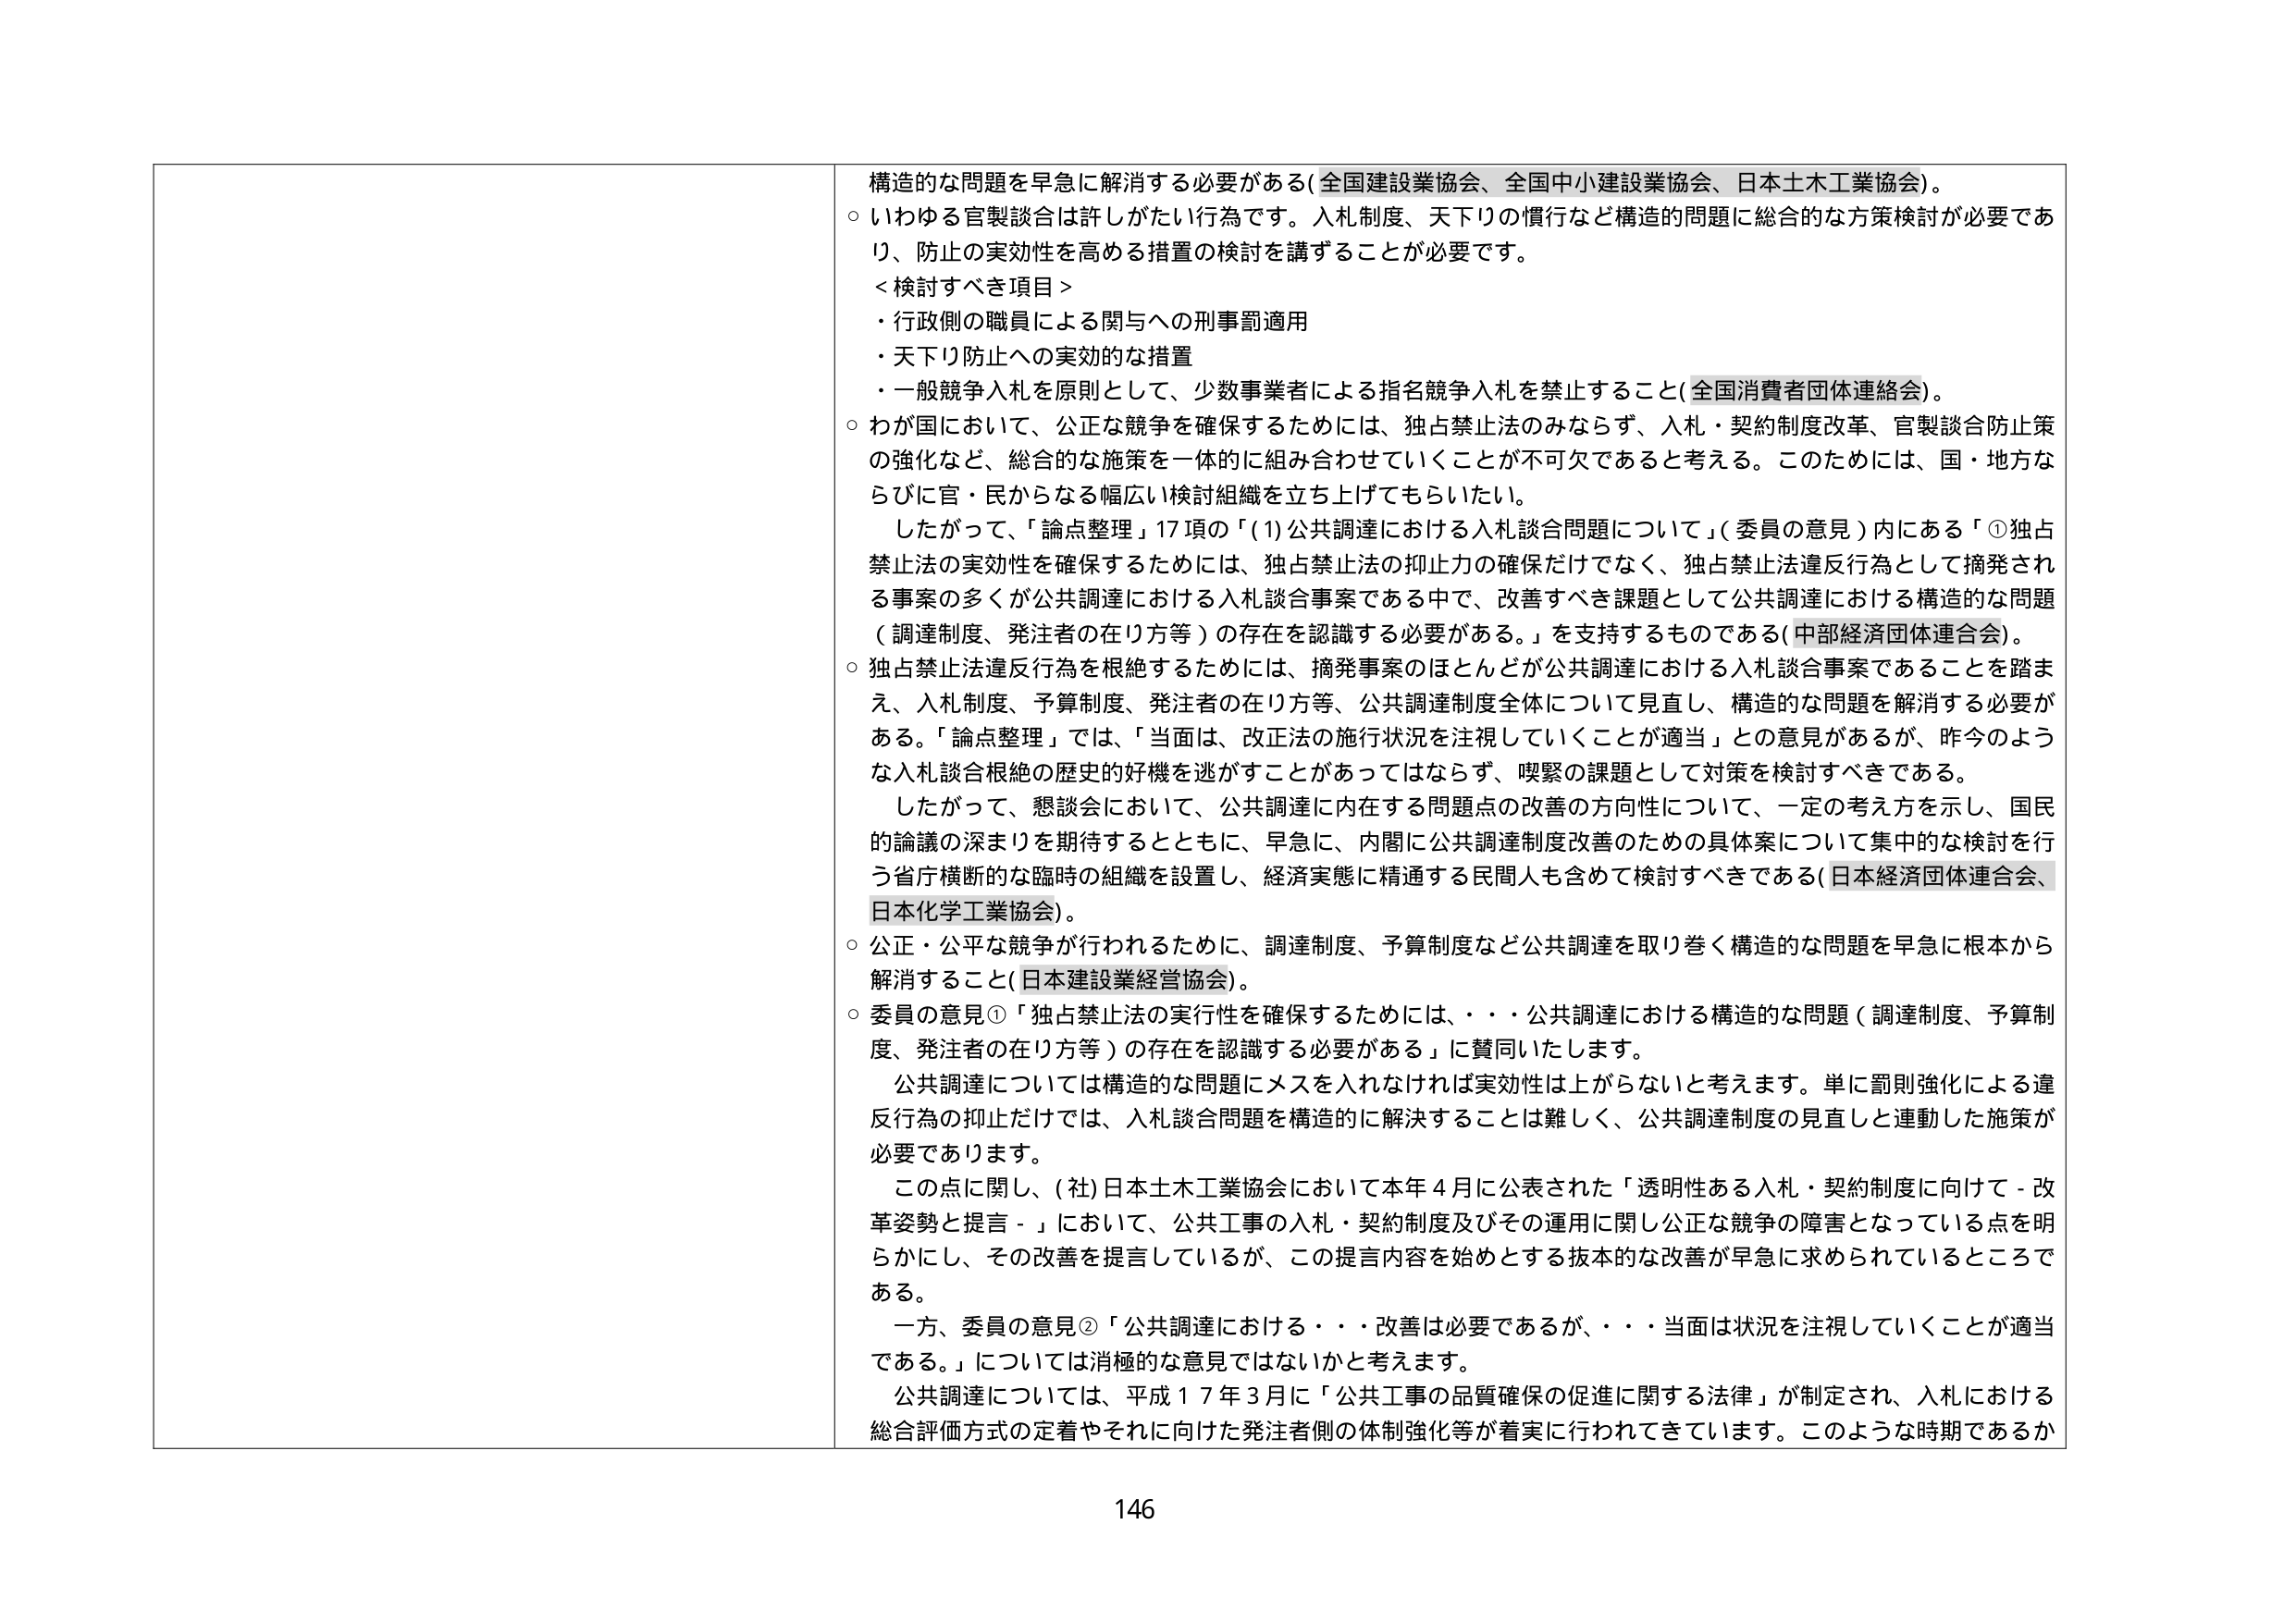
構造的な問題を早急に解消する必要がある（全国建設業協会、全国中小建設業協会、日本土木工業協会）。
○ いわゆる官製談合は許しがたい行為です。入札制度、天下りの慣行など構造的問題に総合的な方策検討が必要であり、防止の実効性を高める措置の検討を講ずることが必要です。
＜検討すべき項目＞
・ 行政側の職員による関与への刑事罰適用
・ 天下り防止への実効的な措置
・ 一般競争入札を原則として、少数事業者による指名競争入札を禁止すること（全国消費者団体連絡会）。
○ わが国において、公正な競争を確保するためには、独占禁止法のみならず、入札・契約制度改革、官製談合防止策の強化など、総合的な施策を一体的に組み合わせていくことが不可欠であると考える。このためには、国・地方ならびに官・民からなる幅広い検討組織を立ち上げてもらいたい。
　したがって、「論点整理」17項の「（1）公共調達における入札談合問題について」（委員の意見）内にある「①独占禁止法の実効性を確保するためには、独占禁止法の抑止力の確保だけでなく、独占禁止法違反行為として摘発される事案の多くが公共調達における入札談合事案である中で、改善すべき課題として公共調達における構造的な問題（調達制度、発注者の在り方等）の存在を認識する必要がある。」を支持するものである（中部経済団体連合会）。
○ 独占禁止法違反行為を根絶するためには、摘発事案のほとんどが公共調達における入札談合事案であることを踏まえ、入札制度、予算制度、発注者の在り方等、公共調達制度全体について見直し、構造的な問題を解消する必要がある。「論点整理」では、「当面は、改正法の施行状況を注視していくことが適当」との意見があるが、昨今のような入札談合根絶の歴史的好機を逃がすことがあってはならず、喫緊の課題として対策を検討すべきである。
　したがって、懇談会において、公共調達に内在する問題点の改善の方向性について、一定の考え方を示し、国民的論議の深まりを期待するとともに、早急に、内閣に公共調達制度改善のための具体案について集中的な検討を行う省庁横断的な臨時の組織を設置し、経済実態に精通する民間人も含めて検討すべきである（日本経済団体連合会、日本化学工業協会）。
○ 公正・公平な競争が行われるために、調達制度、予算制度など公共調達を取り巻く構造的な問題を早急に根本から解消すること（日本建設業経営協会）。
○ 委員の意見①「独占禁止法の実行性を確保するためには、・・・公共調達における構造的な問題（調達制度、予算制度、発注者の在り方等）の存在を認識する必要がある」に賛同いたします。
　公共調達については構造的な問題にメスを入れなければ実効性は上がらないと考えます。単に罰則強化による違反行為の抑止だけでは、入札談合問題を構造的に解決することは難しく、公共調達制度の見直しと連動した施策が必要であります。
　この点に関し、（社）日本土木工業協会において本年４月に公表された「透明性ある入札・契約制度に向けて－改革姿勢と提言－」において、公共工事の入札・契約制度及びその運用に関し公正な競争の障害となっている点を明らかにし、その改善を提言しているが、この提言内容を始めとする抜本的な改善が早急に求められているところである。
　一方、委員の意見②「公共調達における・・・改善は必要であるが、・・・当面は状況を注視していくことが適当である。」については消極的な意見ではないかと考えます。
　公共調達については、平成１７年３月に「公共工事の品質確保の促進に関する法律」が制定され、入札における総合評価方式の定着やそれに向けた発注者側の体制強化等が着実に行われてきています。このような時期であるか
146